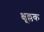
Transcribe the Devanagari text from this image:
क्षूल्लक